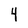
Character: 4